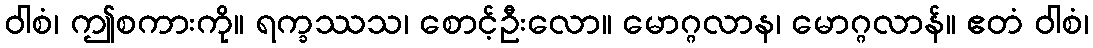
ဝါစံ၊ ဤစကားကို။ ရက္ခဿသ၊ စောင့်ဦးလော။ မောဂ္ဂလာန၊ မောဂ္ဂလာန်။ ဧတံ ဝါစံ၊